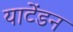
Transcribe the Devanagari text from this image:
याटेंडन